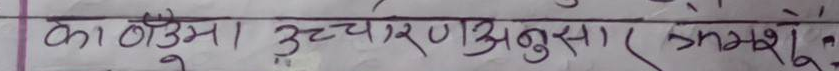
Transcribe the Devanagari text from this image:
काठमाडौं उच्चारण अनुसार क्रमशः